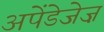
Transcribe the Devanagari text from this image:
अपेंडेजेज़